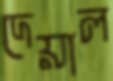
দেয়াল